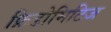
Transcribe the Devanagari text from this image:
फ्रिडोमिटिज